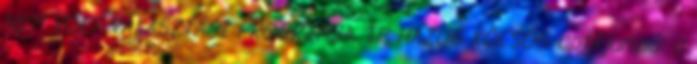
NEM VOLT VÁLASZTÁSI PROGRAMJA, TE HAZUG KÖCSÖG aptikjampó: a